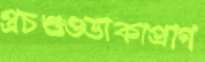
প্রচণ্ডওডাকাপ্রাণ